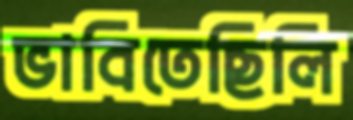
ভাবিতেছিলি